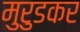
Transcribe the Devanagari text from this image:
मुरुडकर